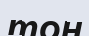
тон